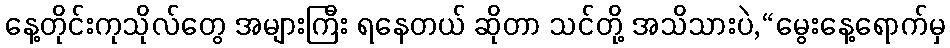
နေ့တိုင်းကုသိုလ်တွေ အများကြီး ရနေတယ် ဆိုတာ သင်တို့ အသိသားပဲ,“မွေးနေ့ရောက်မှ